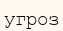
угроз